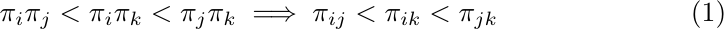
\begin{equation}
		\pi_i\pi_j < \pi_i\pi_k < \pi_j\pi_k \implies \pi_{ij} < \pi_{ik} < \pi_{jk}
\end{equation}